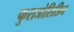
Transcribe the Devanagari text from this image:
फुराजोलिडिन